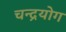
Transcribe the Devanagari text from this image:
चन्द्रयोग